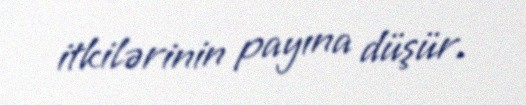
itkilərinin payına düşür.